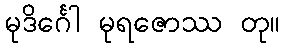
မုဒိင်္ဂေါ မုရဇောဿ တု။